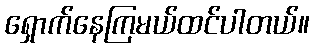
ရှောက်နေကြမယ်ထင်ပါတယ်။